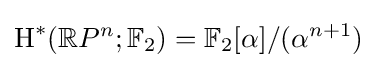
\operatorname {H} ^{*}(\mathbb {R} P^{n};\mathbb {F} _{2})=\mathbb {F} _{2}[\alpha ]/(\alpha ^{n+1})